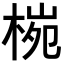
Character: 𪲤